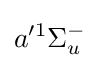
a'^{1}\Sigma _{u}^{-}